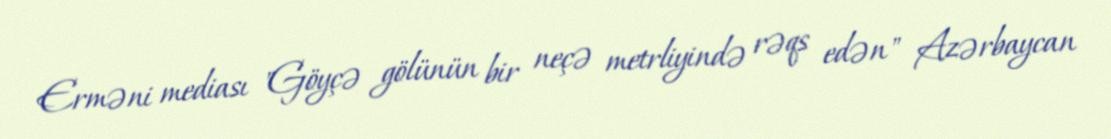
Erməni mediası "Göyçə gölünün bir neçə metrliyində rəqs edən" Azərbaycan